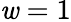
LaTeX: \mathit{w}=1